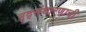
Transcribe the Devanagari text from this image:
मृद्संधारणाची